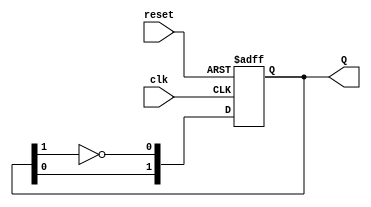
module dual_stage_johnson_counter (
    input wire clk,       // Clock signal
    input wire reset,     // Asynchronous reset signal
    output reg [1:0] Q    // 2-bit output for the counter
);

    always @(posedge clk or posedge reset) begin
        if (reset) begin
            Q <= 2'b00;  // Initialize to 00 on reset
        end else begin
            // Johnson counter logic
            Q[0] <= ~Q[1]; // Inverted output of last flip-flop fed to first
            Q[1] <= Q[0];  // Current state of first flip-flop fed to second
        end
    end

endmodule